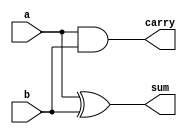
module half_adder(a,b,sum,carry);
input a,b;
output sum,carry;
xor x1(sum,a,b);
and a1(carry,a,b);
endmodule